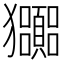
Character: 𤣠